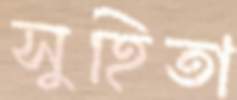
সুহিতা